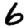
Digit: 6